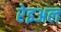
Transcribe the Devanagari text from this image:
रेइअल